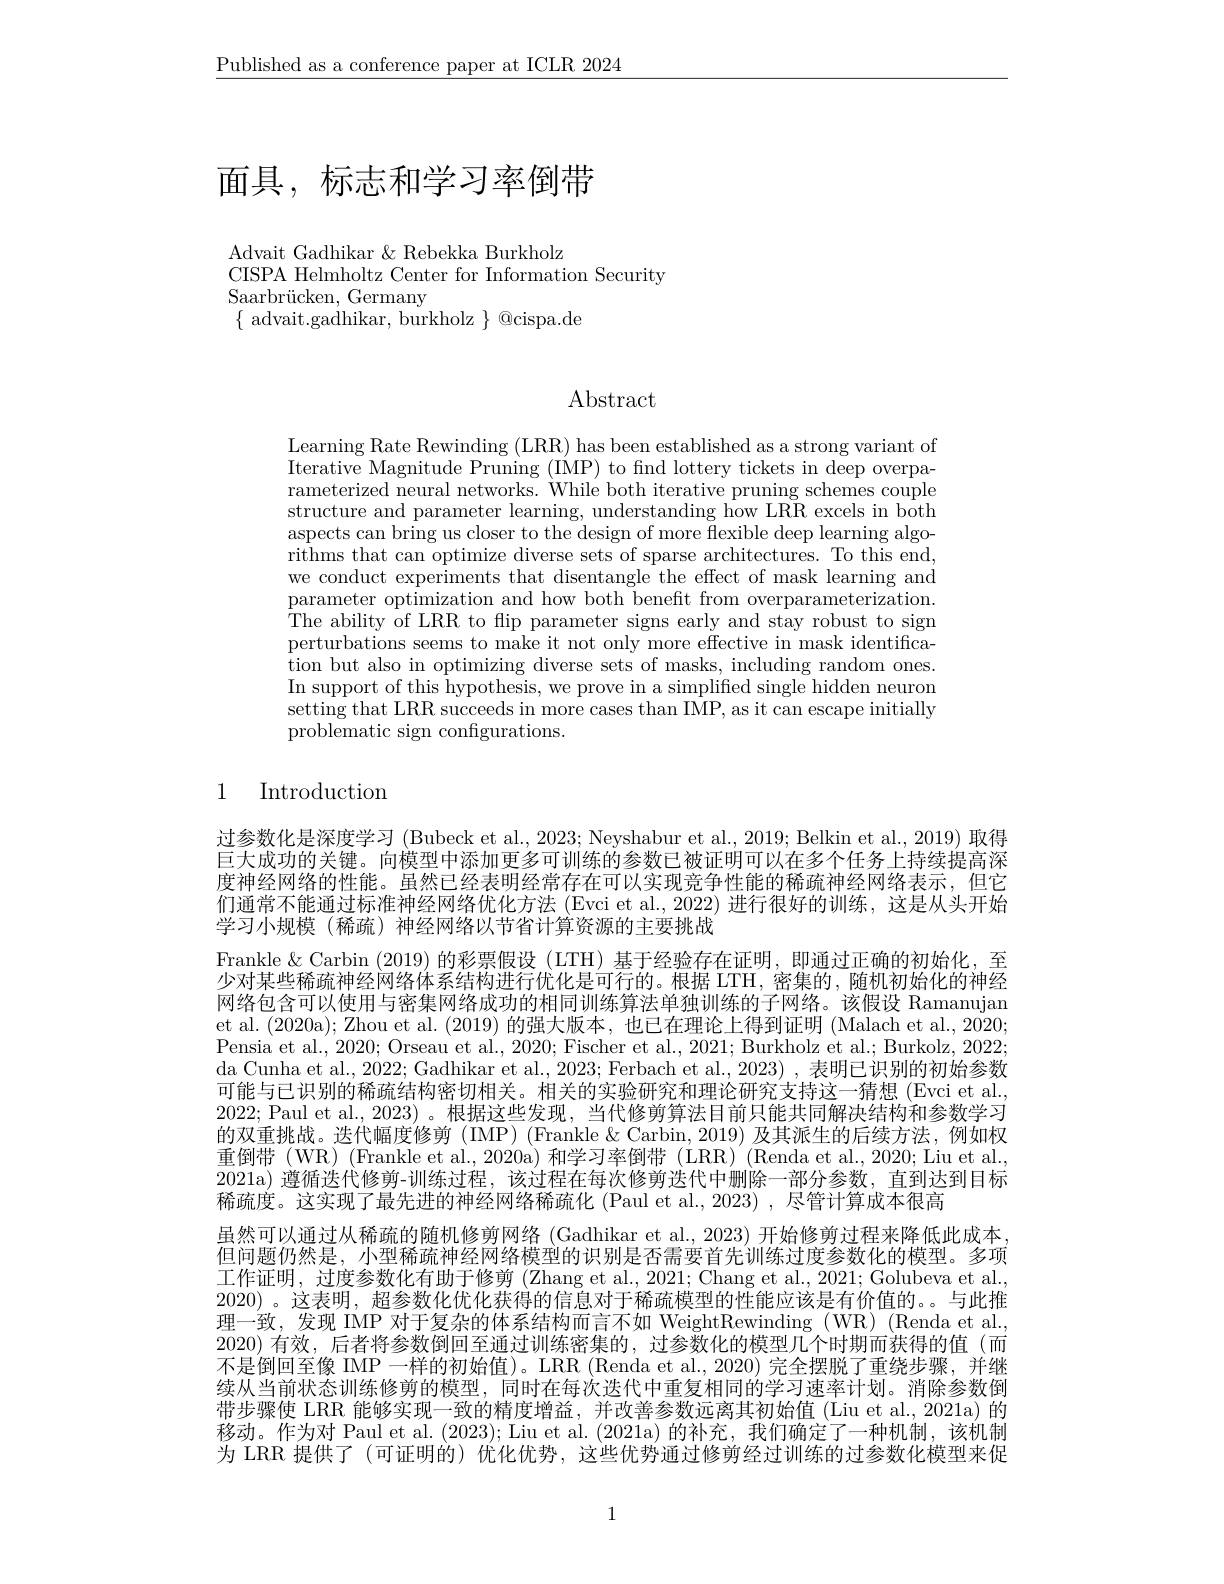
$\underline{\text{Published as a conference paper at ICLR 2024}}$

# 面具，标志和学习率倒带

Advait Gadhikar & Rebekka Burkholz
CISPA Helmholtz Center for Information Security
$\operatorname{Saarbr\"{u}cken,Germany}$
$\{$ advait.gadhikar, burkholz $\}$ @cispa.de

Abstract

Learning Rate Rewinding (LRR) has been established as a strong variant of Iterative Magnitude Pruning (IMP) to find lottery tickets in deep overparameterized neural networks. While both iterative pruning schemes couple structure and parameter learning, understanding how LRR excels in both aspects can bring us closer to the design of more flexible deep learning algo- ${\mathrm{rithms~that~can~optimize~diverse~sets~of~sparse~architectures.~To~this~end,}}$ we conduct experiments that disentangle the effect of mask learning and parameter optimization and how both benefit from overparameterization. The ability of LRR to flip parameter signs early and stay robust to sign perturbations seems to make it not only more effective in mask identification but also in optimizing diverse sets of masks, including random ones. In support of this hypothesis, we prove in a simplified single hidden neuron setting that LRR succeeds in more cases than IMP, as it can escape initially problematic sign configurations.

## 1 Introduction

过参数化是深度学习 (Bubeck et al., 2023; Neyshabur et al., 2019; Belkin et al., 2019) 取得巨大成功的关键。向模型中添加更多可训练的参数已被证明可以在多个任务上持续提高深度神经网络的性能。虽然已经表明经常存在可以实现竞争性能的稀疏神经网络表示，但它们通常不能通过标准神经网络优化方法 (Evci et al., 2022) 进行很好的训练，这是从头开始学习小规模(稀疏)神经网络以节省计算资源的主要挑战
Frankle & Carbin (2019)的彩票假设 (LTH) 基于经验存在证明，即通过正确的初始化，至少对某些稀疏神经网络体系结构进行优化是可行的。根据 LTH,密集的，随机初始化的神经网络包含可以使用与密集网络成功的相同训练算法单独训练的子网络。该假设 Ramanujan et al. (2020a); Zhou et al. (2019) 的强大版本，也已在理论上得到证明 (Malach et al., 2020; Pensia et al., 2020; Orseau et al., 2020; Fischer et al., 2021; Burkholz et al.; Burkolz, 2022; da Cunha et al., 2022; Gadhikar et al., 2023; Ferbach et al., 2023) , 表明已识别的初始参数可能与已识别的稀疏结构密切相关。相关的实验研究和理论研究支持这一猜想(Evci et al. 2022; Paul et al., 2023)。根据这些发现，当代修剪算法目前只能共同解决结构和参数学习的双重挑战。迭代幅度修剪 (IMP) (Frankle & Carbin, 2019) 及其派生的后续方法，例如权重倒带(WR) (Frankle et al., 2020a)和学习率倒带 (LRR) (Renda et al., 2020; Liu et al., 2021a)遵循迭代修剪-训练过程，该过程在每次修剪迭代中删除一部分参数，直到达到目标稀疏度。这实现了最先进的神经网络稀疏化 (Paul et al.,2023) ,尽管计算成本很高
虽然可以通过从稀疏的随机修剪网络 (Gadhikar et al., 2023) 开始修剪过程来降低此成本但问题仍然是，小型稀疏神经网络模型的识别是否需要首先训练过度参数化的模型。多项工作证明，过度参数化有助于修剪(Zhang et al.,2021; Chang et al., 2021; Golubeva et al., 2020)。这表明，超参数化优化获得的信息对于稀疏模型的性能应该是有价值的。。与此推理一致，发现 IMP 对于复杂的体系结构而言不如 WeightRewinding (WR) (Renda et al. 2020)有效，后者将参数倒回至通过训练密集的，过参数化的模型几个时期而获得的值(而不是倒回至像 IMP 一样的初始值)。LRR (Renda et al., 2020) 完全摆脱了重绕步骤，并继续从当前状态训练修剪的模型，同时在每次迭代中重复相同的学习速率计划。消除参数倒带步骤使 LRR 能够实现一致的精度增益，并改善参数远离其初始值 (Liu et al., 2021a) 的移动。作为对 Paul et al. (2023); Liu et al. (2021a) 的补充，我们确定了一种机制，该机制为 LRR 提供了(可证明的) 优化优势，这些优势通过修剪经过训练的过参数化模型来促

1